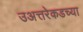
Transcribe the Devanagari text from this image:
उअत्तरेकडच्या